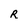
Character: R